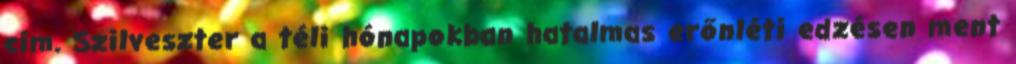
cím. Szilveszter a téli hónapokban hatalmas erőnléti edzésen ment